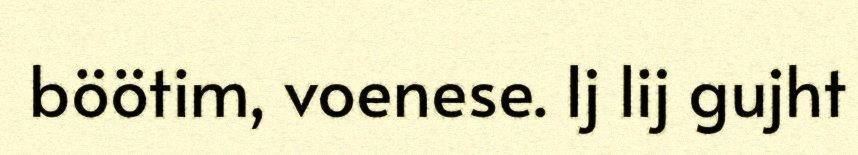
böötim, voenese. Ij lij gujht